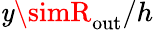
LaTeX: \mathit{y}\simR_{\mathrm{{out}}}/h